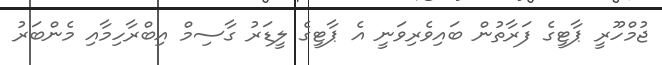
ޖުމްހޫރީ ޕާޓީގެ ފަރާތުން ބައިވެރިވަނީ އެ ޕާޓީގެ ލީޑަރު ގާސިމް އިބްރާހިމާއި މެންބަރު